Annual report of the Punjab Veterinary College and of the Civil Veterinary Department, Punjab - 1920-1925
Year: 1920
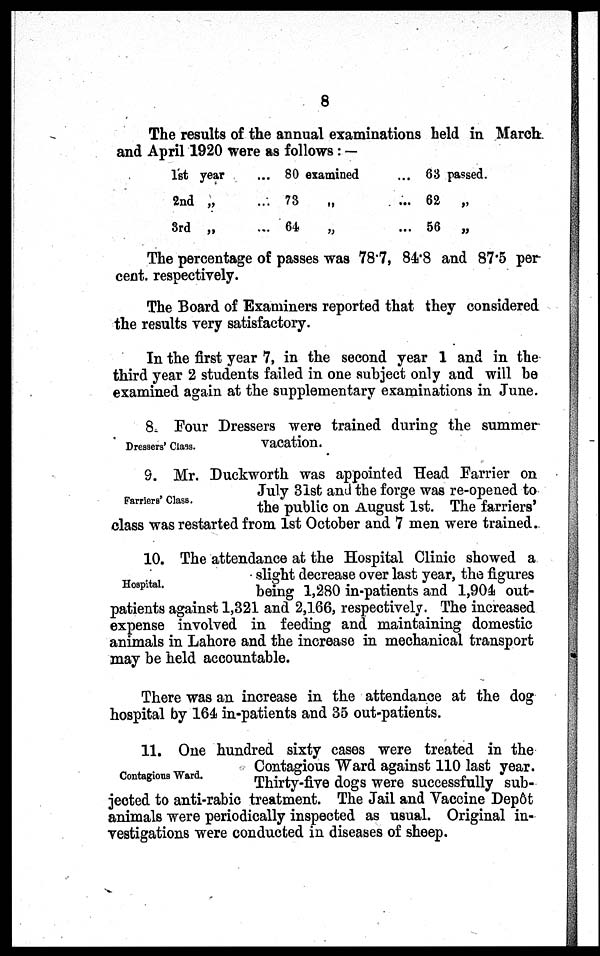
8
The results of the annual examinations held in March
and April 1920 were as follows:—
1st year
2nd „
3rd „
... 80 examined
... 73
„
... 64 „
... 63 passed.
... 62
„
... 56 „
The percentage of passes was 78.7, 84.8 and 87.5 per
cent. respectively.
The Board of Examiners reported that they considered
the results very satisfactory.
In the first year 7, in the second year 1 and in the
third year 2 students failed in one subject only and will be
examined again at the supplementary examinations in June.
Dressers' Class.
8. Four Dressers were trained during the summer
vacation.
Farriers' Class.
9. Mr. Duckworth was appointed Head Farrier on
July 31st and the forge was re-opened to
the public on August 1st. The farriers'
class was restarted from 1st October and 7 men were trained.
Hospital.
10. The attendance at the Hospital Clinic showed a
slight decrease over last year, the figures
being 1,280 in-patients and 1,904 out-
patients against 1,321 and 2,166, respectively. The increased
expense involved in feeding and maintaining domestic
animals in Lahore and the increase in mechanical transport
may be held accountable.
There was an increase in the attendance at the dog
hospital by 164 in-patients and 35 out-patients.
Contagious Ward.
11. One hundred sixty cases were treated in the
Contagious Ward against 110 last year.
Thirty-five dogs were successfully sub-
jected to anti-rabic treatment. The Jail and Vaccine Depôt
animals were periodically inspected as usual. Original in-
vestigations were conducted in diseases of sheep.